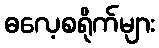
ဓလေ့စရိုက်များ